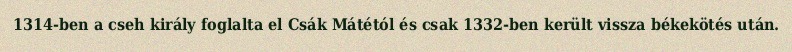
1314-ben a cseh király foglalta el Csák Mátétól és csak 1332-ben került vissza békekötés után.